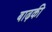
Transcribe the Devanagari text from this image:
बाढ़की